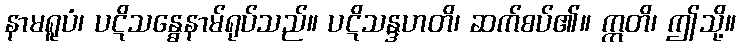
နာမရူပံ၊ ပဋိသန္ဓေနာမ်ရုပ်သည်။ ပဋိသန္ဒဟတိ၊ ဆက်စပ်၏။ ဣတိ၊ ဤသို့။